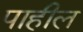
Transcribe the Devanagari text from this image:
पाहील